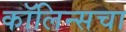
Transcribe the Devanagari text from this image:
कॉलिन्सचा